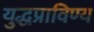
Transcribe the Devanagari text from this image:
युद्धप्राविण्य